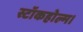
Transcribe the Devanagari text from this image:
स्टॉकहोल्म।